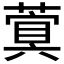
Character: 𮑐